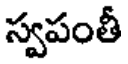
స్వపంతీ